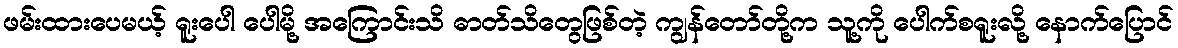
ဖမ်းထားပေမယ့် ရူးပေါ ပေါမို့ အကြောင်းသိ ဓာတ်သိတွေဖြစ်တဲ့ ကျွန်တော်တို့က သူ့ကို ပေါက်စရူးလို့ နောက်ပြောင်